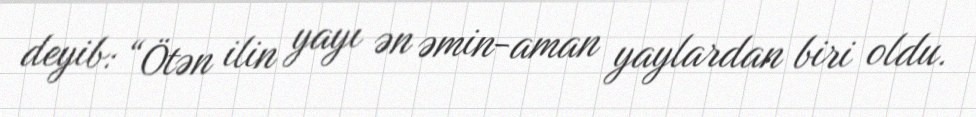
deyib: “Ötən ilin yayı ən əmin-aman yaylardan biri oldu.